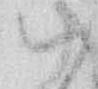
ハ